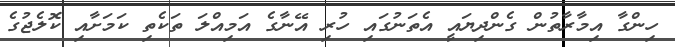
ހިންގާ އިމާރާތުން ގެންދިޔައީ އެތަނުގައި ހުރި އޭނާގެ އަމިއްލަ ތަކެތި ކަމަށާއި ކޮލެޖުގެ